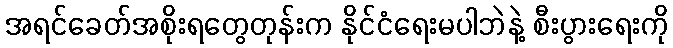
အရင်ခေတ်အစိုးရတွေတုန်းက နိုင်ငံရေးမပါဘဲနဲ့ စီးပွားရေးကို